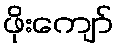
ဖိုးကျော်